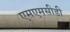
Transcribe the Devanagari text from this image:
एमएमसीडी